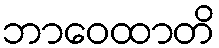
ဘာဝေထာတိ